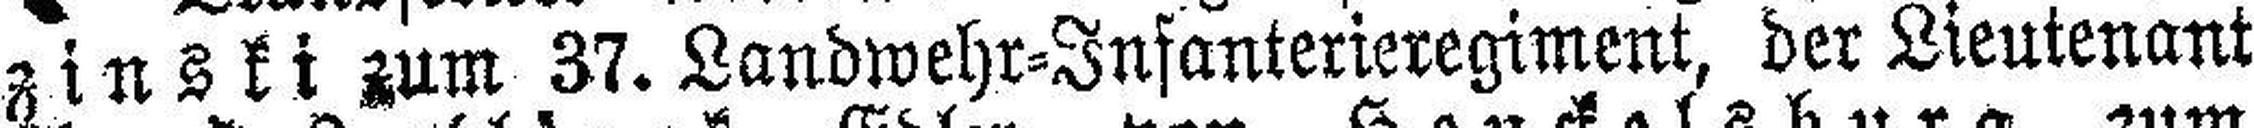
zinski zum 37. Landwehr=Infanterieregiment, der Lieutenant